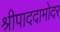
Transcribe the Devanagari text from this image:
श्रीपाददामोदर